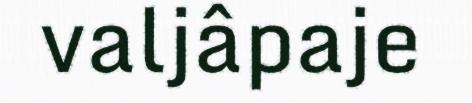
valjâpaje